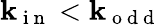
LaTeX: \mathbf{k}_{\mathrm{{~i~n~}}}<\mathbf{k}_{\mathrm{{~o~d~d~}}}